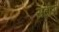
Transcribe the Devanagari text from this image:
सटोरो